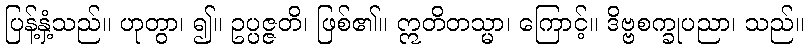
ပြန့်နှံ့သည်။ ဟုတွာ၊ ၍။ ဥပ္ပဇ္ဇတိ၊ ဖြစ်၏။ ဣတိတသ္မာ၊ ကြောင့်။ ဒိဗ္ဗစက္ခုပညာ၊ သည်။